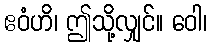
ဧဝံဟိ၊ ဤသို့လျှင်။ ဝေါ၊